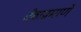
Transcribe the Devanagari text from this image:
देवाप्रमाणे